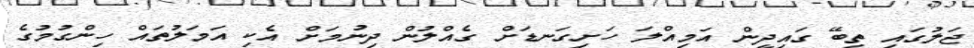
ޖަލުގައި ތިބޭ ގައިދީން އަމިއްލަ ހަށިގަނޑަށް ގެއްލުން ދިނުމަށް އެކި އަމަލުތައް ހިންގުމުގެ